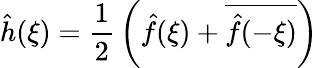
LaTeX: {\hat{h}}(\xi)={\frac{1}{2}}\left({\hat{f}}(\xi)+{\overline{{{\hat{f}}(-\xi)}}}\right)